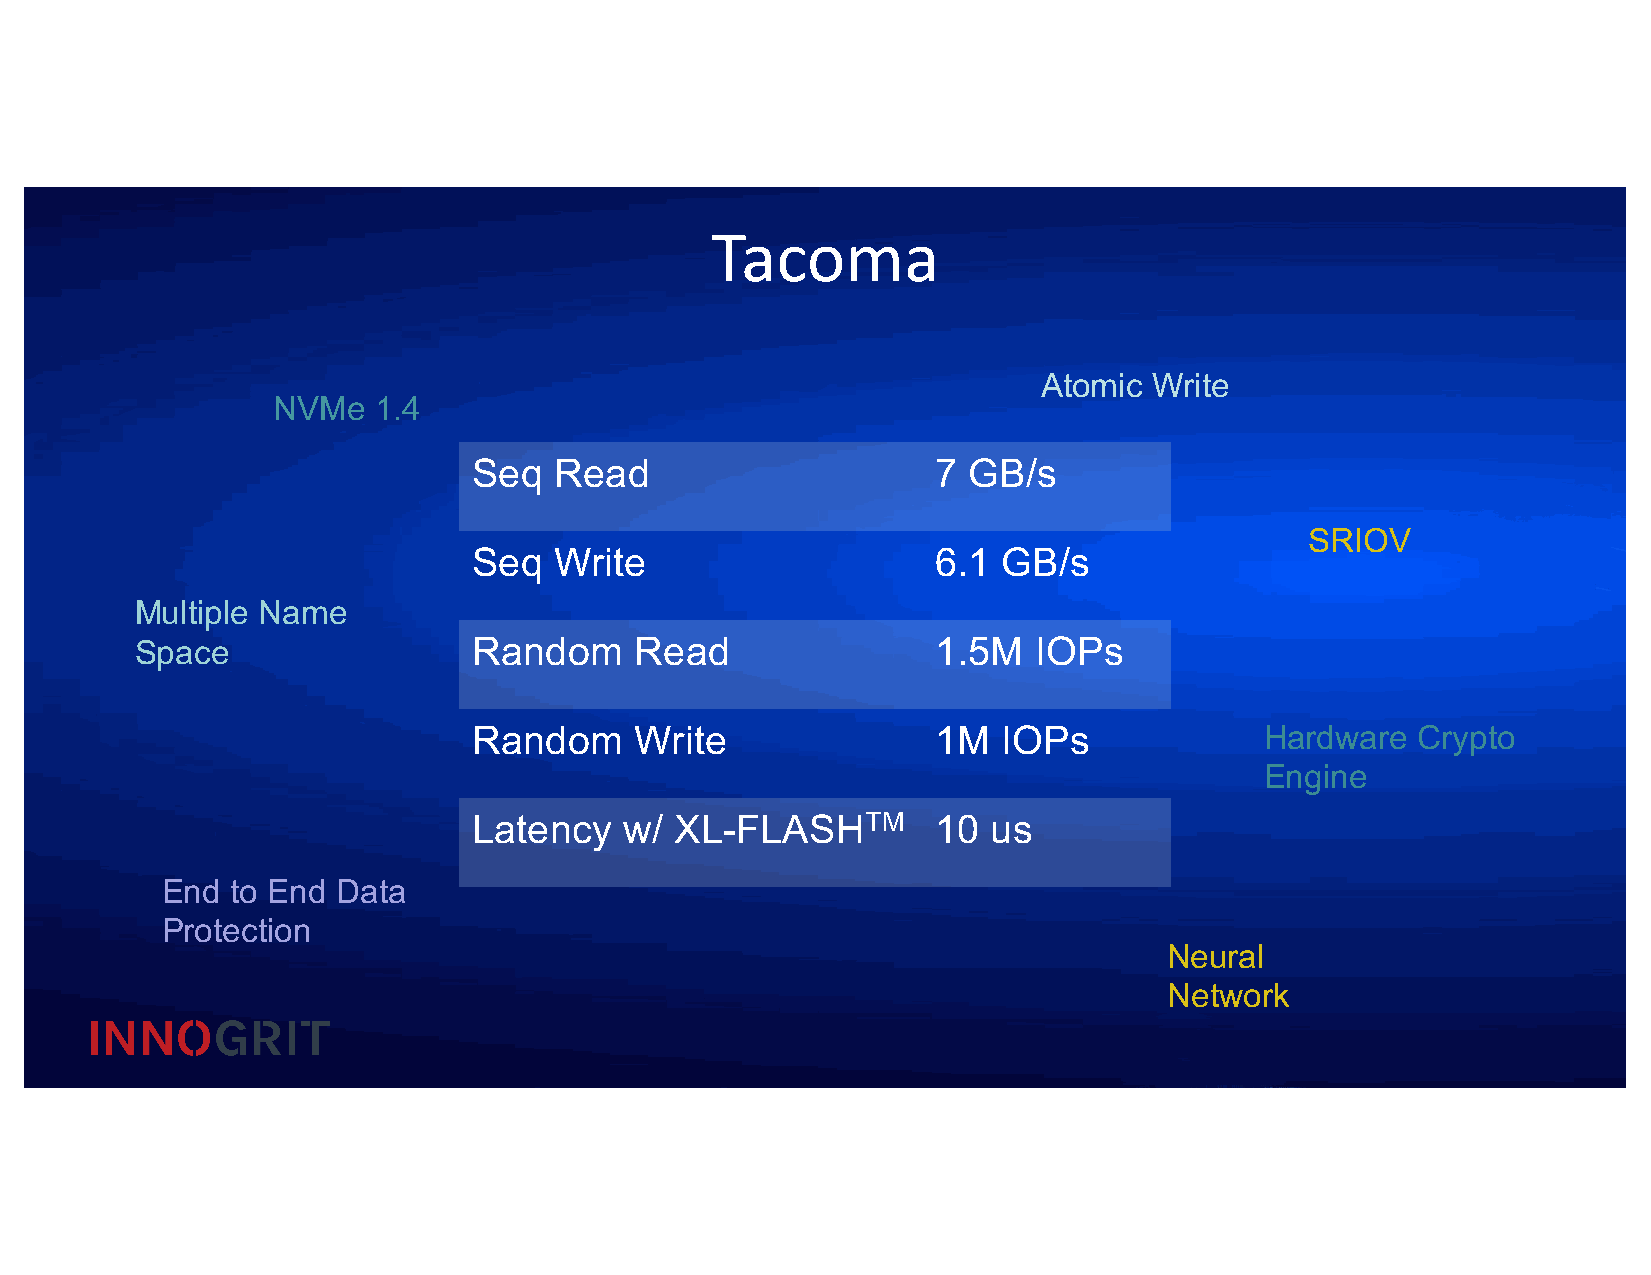
Tacoma
 Atomic Write
 NVMe   1.4
 Seq   Read                     7 GB/s
 SRIOV
 Seq   Write                    6.1 GB/s
 Multiple Name
 Space                 Random     Read                1.5M  IOPs
 Random     Write               1M  IOPs              Hardware  Crypto
 Engine
 Latency   w/  XL-FLASHTM       10  us
 End to End Data
 Protection
 Neural
 Network